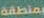
بمنطقة